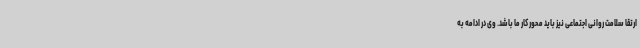
ارتقا سلامت روانی اجتماعی نیز باید محور کار ما باشد. وی در ادامه به